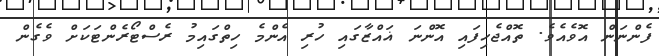
ފެންނަން އޮވެއެވެ. ތޮއްޖެހިފައި އޮންނަ ޣައްޒާގައި ހުރި އެންމެ ހިތްގައިމު ރެސްޓޯރެންޓަކަށް ވެގެން